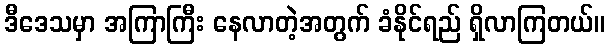
ဒီဒေသမှာ အကြာကြီး နေလာတဲ့အတွက် ခံနိုင်ရည် ရှိလာကြတယ်။